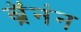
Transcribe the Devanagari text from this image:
ब्रॅनंन